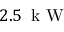
2 . 5 \, \textrm { k W }